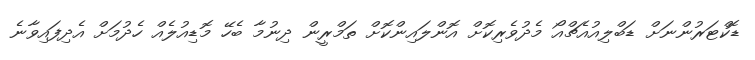
ޑޮކްޓަރުންނަށް ޑަބްލިއުއެޗްއޯ މެދުވެރިކޮޮށް އޮންލައިންކޮށް ތަމްރީން ދިނުމާ ބެހޭ މޮޑިއުލެއް ހެދުމަށް އެދިފައިވާނެ